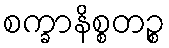
စက္ခာနိစ္စတဉ္စ